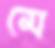
মে